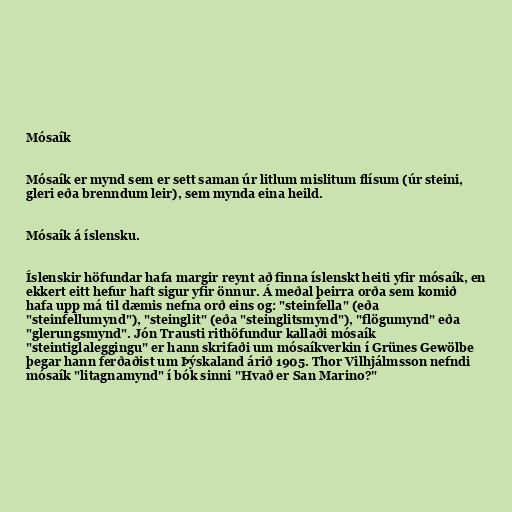
Mósaík

Mósaík er mynd sem er sett saman úr litlum mislitum flísum (úr steini,
gleri eða brenndum leir), sem mynda eina heild.

Mósaík á íslensku.

Íslenskir höfundar hafa margir reynt að finna íslenskt heiti yfir mósaík, en
ekkert eitt hefur haft sigur yfir önnur. Á meðal þeirra orða sem komið
hafa upp má til dæmis nefna orð eins og: "steinfella" (eða
"steinfellumynd"), "steinglit" (eða "steinglitsmynd"), "flögumynd" eða
"glerungsmynd". Jón Trausti rithöfundur kallaði mósaík
"steintiglaleggingu" er hann skrifaði um mósaíkverkin í Grünes Gewölbe
þegar hann ferðaðist um Þýskaland árið 1905. Thor Vilhjálmsson nefndi
mósaík "litagnamynd" í bók sinni "Hvað er San Marino?"